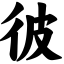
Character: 彼